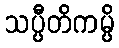
သပ္ပီတိကမ္ပိ